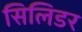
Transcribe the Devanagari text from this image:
सिलिडर